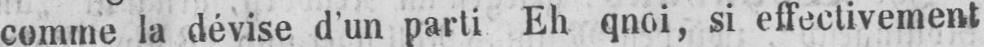
comme la dévise d’un parti Eh qnoi, si effectivement